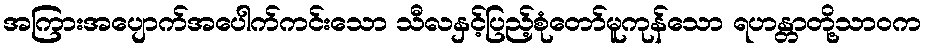
အကြားအပျောက်အပေါက်ကင်းသော သီလနှင့်ပြည့်စုံတော်မူကုန်သော ရဟန္တာတို့သာဝက